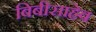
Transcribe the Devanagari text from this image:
बिबीसाहेब